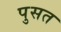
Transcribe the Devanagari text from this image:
पुसत